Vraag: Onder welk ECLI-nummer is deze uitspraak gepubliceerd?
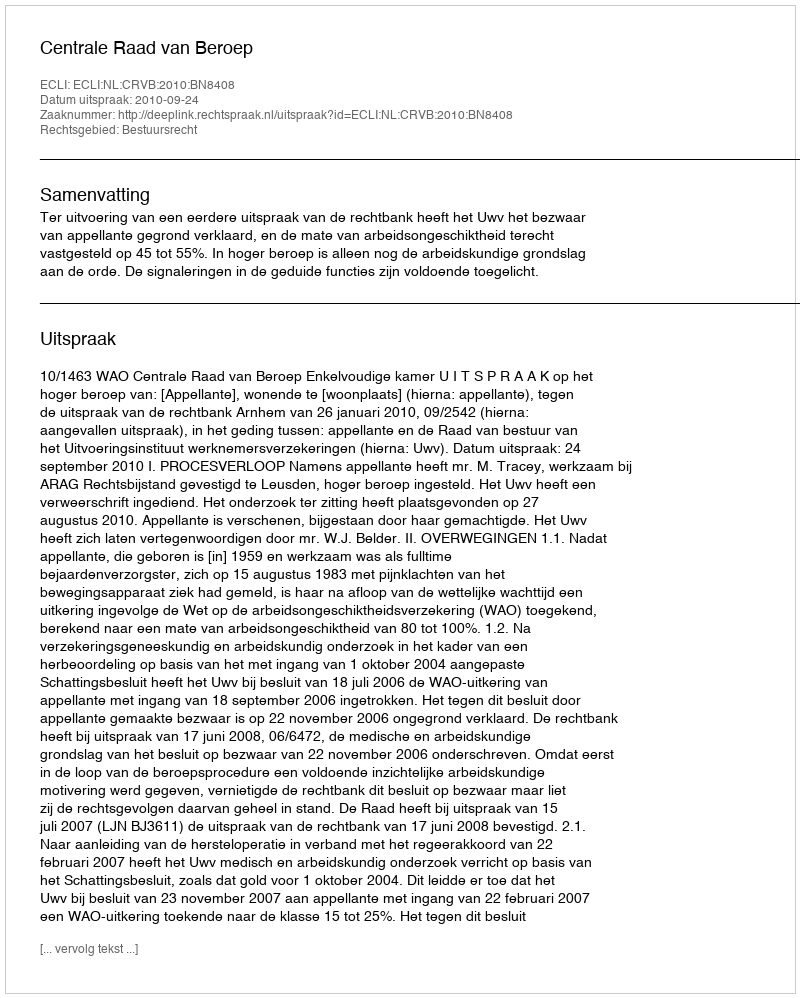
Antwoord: ECLI:NL:CRVB:2010:BN8408